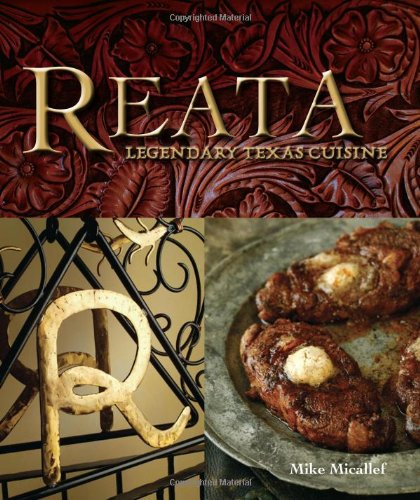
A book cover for Reata: Legendary Texas Cooking; Mike Micallef; Cookbooks, Food & Wine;